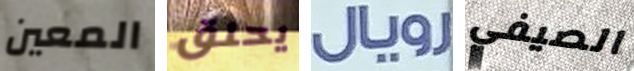
المعين يحلق رويال الصيفي